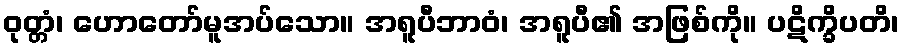
ဝုတ္တံ၊ ဟောတော်မူအပ်သော။ အရူပီဘာဝံ၊ အရူပီ၏ အဖြစ်ကို။ ပဋိက္ခိပတိ၊